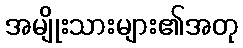
အမျိုးသားများ၏အတု